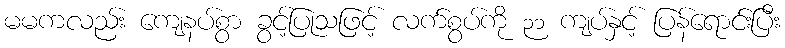
မမကလည်း ကျေနပ်စွာ ခွင့်ပြုသဖြင့် လက်စွပ်ကို ၃၁ ကျပ်နှင့် ပြန်ရောင်းပြီး